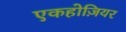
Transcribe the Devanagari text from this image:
एकहोज़ियर